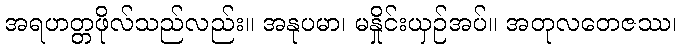
အရဟတ္တဖိုလ်သည်လည်း။ အနုပမာ၊ မနှိုင်းယှဉ်အပ်။ အတုလတေဇဿ၊